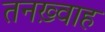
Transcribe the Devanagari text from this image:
तनख़्वाह